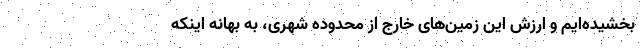
بخشیده‌ایم و ارزش این زمین‌های خارج از محدوده شهری‌، به بهانه اینکه